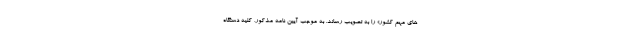
های مهم کشور» را به تصویب رساند. به موجب آیین نامه مذکور، کلیه دستگاه